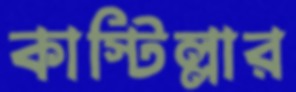
কাস্টিল্লার